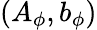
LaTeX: (A_{\phi},b_{\phi})